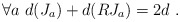
\begin{align*} \forall a~d(J_a)+d(RJ_a)=2d~.\end{align*}